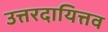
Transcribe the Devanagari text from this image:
उत्तरदायित्तव